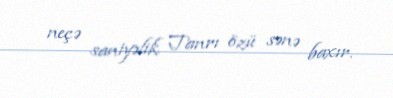
neçə saniyəlik Tanrı özü sənə baxır.